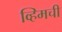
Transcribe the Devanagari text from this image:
व्हिमची